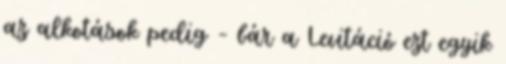
az alkotások pedig – bár a Levitáció ezt egyik